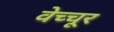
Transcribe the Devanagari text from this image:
वेच्चूर